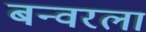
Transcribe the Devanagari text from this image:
बन्वरला